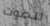
للصوت